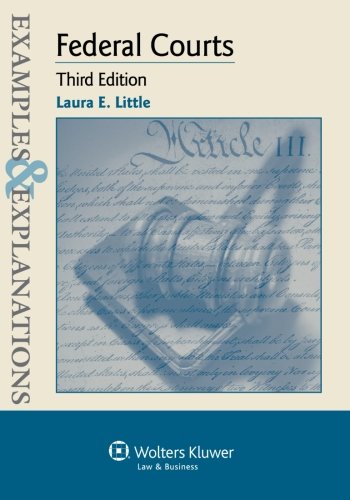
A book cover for Examples & Explanations: Federal Courts, Third Edition; Laura E. Little; Law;